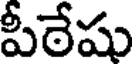
పీఠేషు